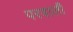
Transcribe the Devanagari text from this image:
परवाली